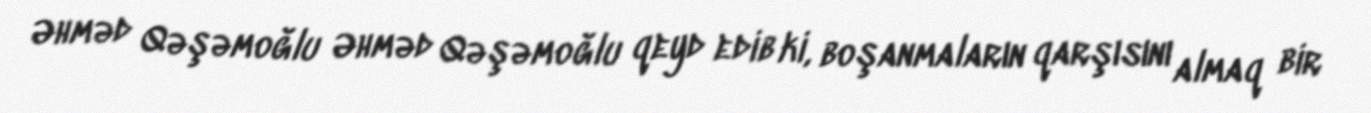
Əhməd Qəşəmoğlu Əhməd Qəşəmoğlu qeyd edib ki, boşanmaların qarşısını almaq bir